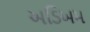
અડિખમ